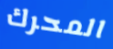
المحرك